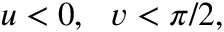
u < 0 , ~ ~ v < \pi / 2 ,